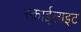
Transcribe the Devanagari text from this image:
स्‍काईलाइट